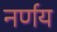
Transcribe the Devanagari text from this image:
नर्णय